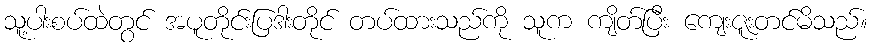
သူ့ပါးစပ်ထဲတွင် အပူတိုင်းပြဒါးတိုင် တပ်ထားသည်ကို သူက ကျိတ်ပြီး ကျေးဇူးတင်မိသည်။